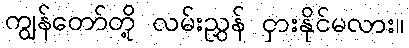
ကျွန်တော်တို့ လမ်းညွှန် ငှားနိုင်မလား။